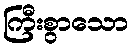
ကြီးစွာသော